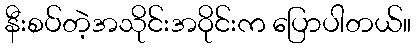
နီးစပ်တဲ့အသိုင်းအဝိုင်းက ပြောပါတယ်။